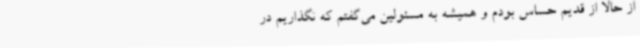
از حالا از قدیم حساس بودم و همیشه به مسئولین می‌گفتم که نگذاریم در